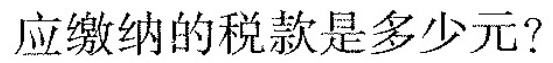
应缴纳的税款是多少元?